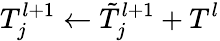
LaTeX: T_{j}^{l+1}\gets\tilde{T}_{j}^{l+1}+T^{l}